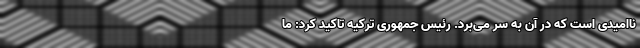
ناامیدی است که در آن به سر می‌برد. رئیس جمهوری ترکیه تاکید کرد: ما